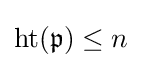
\operatorname {ht} ({\mathfrak {p}})\leq n